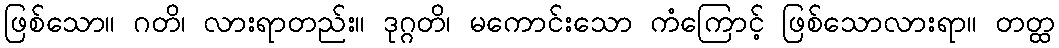
ဖြစ်သော။ ဂတိ၊ လားရာတည်း။ ဒုဂ္ဂတိ၊ မကောင်းသော ကံကြောင့် ဖြစ်သောလားရာ။ တတ္ထ